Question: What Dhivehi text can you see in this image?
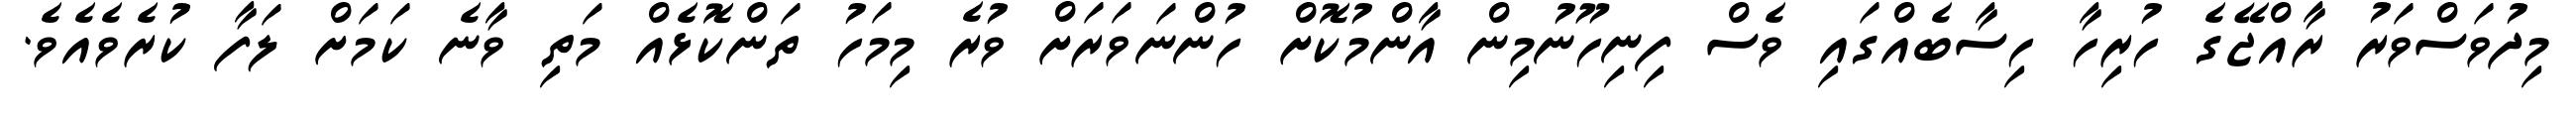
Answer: މިދުވަސްވަރު ރާއްޖޭގެ ހުރިހާ ހިސާބެއްގައި ވެސް ފިނިހޫނުމިން އާންމުކޮށް ހުންނަވަރަށް ވުރެ މިމަހު ތަންކޮޅެއް މަތި ވާނެ ކަމަށް ލަފާ ކުރެވެއެވެ.